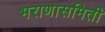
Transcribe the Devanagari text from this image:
भराणासमिती